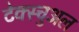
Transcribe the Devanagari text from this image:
टेक्स्चुअल